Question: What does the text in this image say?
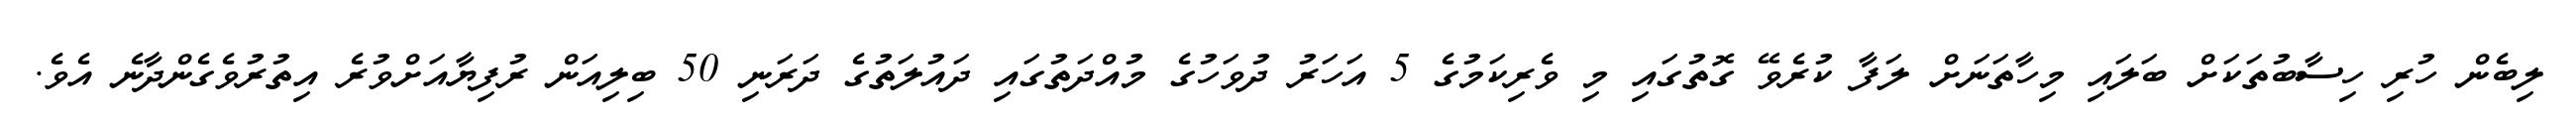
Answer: ލިބެން ހުރި ހިސާބުތަކަށް ބަލައި މިހާތަނަށް ލަފާ ކުރެވޭ ގޮތުގައި މި ވެރިކަމުގެ 5 އަހަރު ދުވަހުގެ މުއްދަތުގައި ދައުލަތުގެ ދަރަނި 50 ބިލިއަން ރުފިޔާއަށްވުރެ އިތުރުވެގެންދާނެ އެވެ.